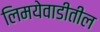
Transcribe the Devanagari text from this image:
लिमयेवाडीतील